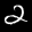
Label: 2